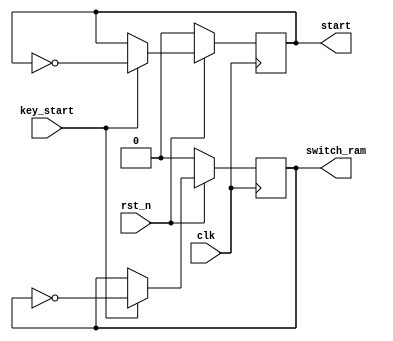
module  arbiter_v2(
                          input key_start,
						 // input key_change,
					      input rst_n,
						  input clk, // 100M
						  output reg start,     //
						  //output reg pic_change ,              // 01  12(addr=0+129600)      
                          output reg switch_ram		//0:     1:				  
						);
						
always @ (negedge clk)     //&
    begin  
	  if(!rst_n)
	     begin
		    start<=0;
			switch_ram<=0;
         end
      else if(key_start)   
	         begin
			   start<=~start;
			   switch_ram<=~switch_ram;
			end
     //else if (key_change)
     //       begin 
     //          start<=0;
     //          switch_ram<=0;
     //       end				
      else 
	       begin
		      start<=start;
			  switch_ram<=switch_ram;
		   end
     end
	 
	 
//always @ (negedge clk)  //
//   begin  
//      if(!rst_n)
//		    pic_change<=0;
//	  else if(key_change)
//	        pic_change<=~pic_change;
//	   else
//            pic_change<=pic_change;
//     end
 
endmodule